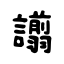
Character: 譾